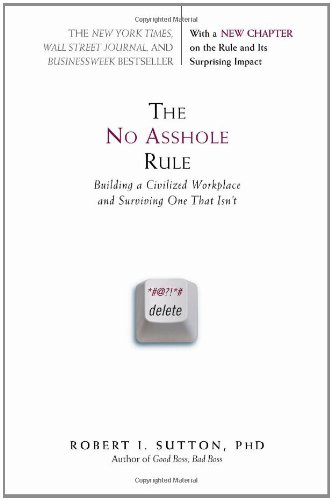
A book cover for The No Asshole Rule: Building a Civilized Workplace and Surviving One That Isn't; Robert I. Sutton; Business & Money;